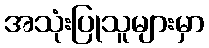
အသုံးပြုသူများမှာ